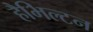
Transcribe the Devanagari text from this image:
हैभिल्टन